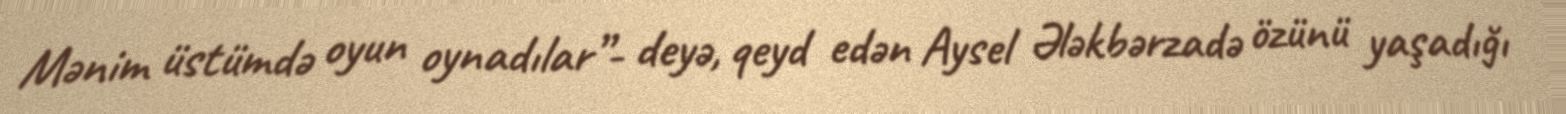
Mənim üstümdə oyun oynadılar”- deyə, qeyd edən Aysel Ələkbərzadə özünü yaşadığı